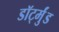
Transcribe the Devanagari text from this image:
डॉर्ट्मुंड